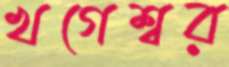
খগেশ্বর